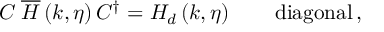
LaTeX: C \; \overline { { { H } } } \left( k , \eta \right) C ^ { \dagger } = H _ { d } \left( k , \eta \right) \qquad \mathrm { d i a g o n a l } \, ,